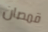
قمصان